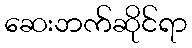
ဆေးဘက်ဆိုင်ရာ